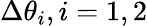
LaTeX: \Delta\theta_{i},i=1,2